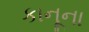
કાનૂના